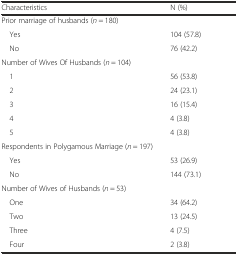
<table><thead><tr><td><b>Characteristics</b></td><td><b>N (%)</b></td></tr></thead><tbody><tr><td colspan="2">Prior marriage of husbands (<i>n</i> = 180)</td></tr><tr><td> Yes</td><td>104 (57.8)</td></tr><tr><td> No</td><td>76 (42.2)</td></tr><tr><td colspan="2">Number of Wives Of Husbands (<i>n</i> = 104)</td></tr><tr><td> 1</td><td>56 (53.8)</td></tr><tr><td> 2</td><td>24 (23.1)</td></tr><tr><td> 3</td><td>16 (15.4)</td></tr><tr><td> 4</td><td>4 (3.8)</td></tr><tr><td> 5</td><td>4 (3.8)</td></tr><tr><td colspan="2">Respondents in Polygamous Marriage (<i>n</i> = 197)</td></tr><tr><td> Yes</td><td>53 (26.9)</td></tr><tr><td> No</td><td>144 (73.1)</td></tr><tr><td colspan="2">Number of Wives of Husbands (<i>n</i> = 53)</td></tr><tr><td> One</td><td>34 (64.2)</td></tr><tr><td> Two</td><td>13 (24.5)</td></tr><tr><td> Three</td><td>4 (7.5)</td></tr><tr><td> Four</td><td>2 (3.8)</td></tr></tbody></table>